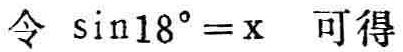
令\(\sin18^{\circ} = x\) 可得